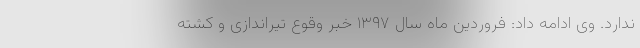
ندارد. وی ادامه داد: فروردین ماه سال ۱۳۹۷ خبر وقوع تیراندازی و کشته